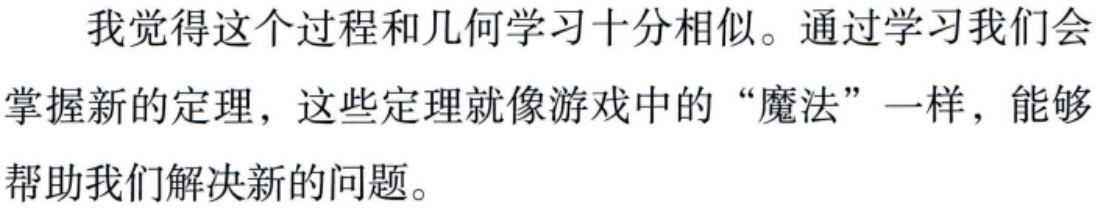
我觉得这个过程和几何学习十分相似。通过学习我们会掌握新的定理，这些定理就像游戏中的“魔法”一样，能够帮助我们解决新的问题。